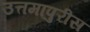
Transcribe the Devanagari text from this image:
उत्तमापुरीस